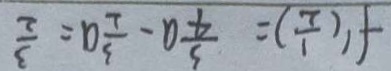
f ^ { \prime } ( \frac { 1 } { 2 } ) = \frac { 3 } { 4 } a - \frac { 3 } { 2 } a = \frac { 3 } { 2 }